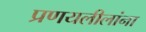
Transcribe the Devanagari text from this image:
प्रणयलीलांना